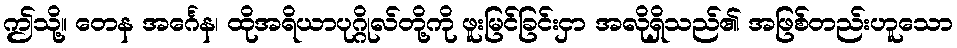
ဤသို့။ တေန အင်္ဂေန၊ ထိုအရိယာပုဂ္ဂိုလ်တို့ကို ဖူးမြင်ခြင်းငှာ အလိုရှိသည်၏ အဖြစ်တည်းဟူသော